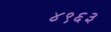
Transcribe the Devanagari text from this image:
४९६३